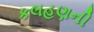
કલહણની